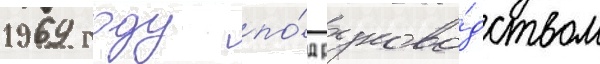
1969 году по́д руково́дством